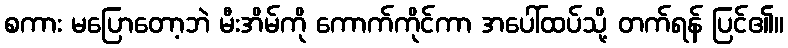
စကား မပြောတော့ဘဲ မီးအိမ်ကို ကောက်ကိုင်ကာ အပေါ်ထပ်သို့ တက်ရန် ပြင်၏။